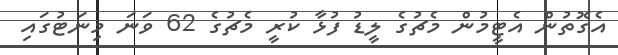
އެގޮތުން އެޓީމުން މެޗުގެ ލީޑު ފުޅާ ކުރީ މެޗުގެ 62 ވަނަ މިނަޓުގައި